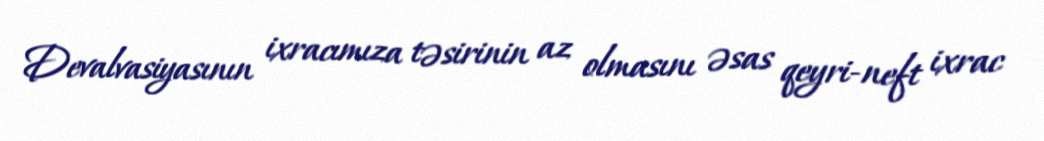
Devalvasiyasının ixracımıza təsirinin az olmasını əsas qeyri-neft ixrac